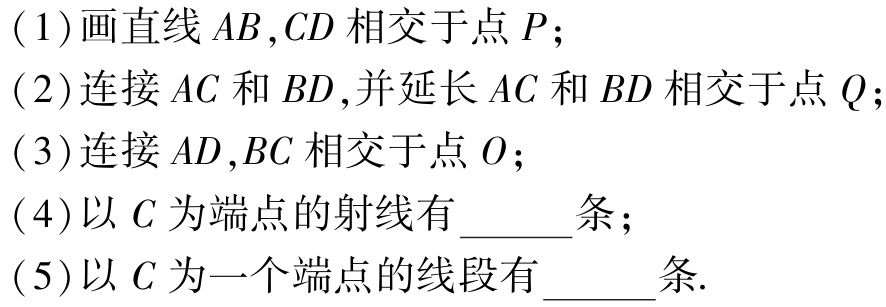
(1)画直线\(AB,CD\)相交于点\(P\);

(2)连接\(AC\)和\(BD\),并延长\(AC\)和\(BD\)相交于点\(Q\);

(3)连接\(AD,BC\)相交于点\(O\);

(4)以\(C\)为端点的射线有  条;

(5)以\(C\)为一个端点的线段有  条.